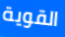
القوية